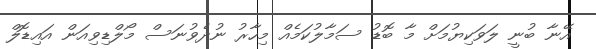
އޭނާ ބުނީ ލަވަކިޔުމަށް މާ ބޮޑު ސަމާލުކަމެއް މިހާރު ނުދެވުނަސް މޯލްޑިވިއަން އައިޑޮލް